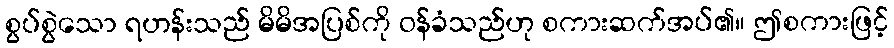
စွပ်စွဲသော ရဟန်းသည် မိမိအပြစ်ကို ဝန်ခံသည်ဟု စကားဆက်အပ်၏။ ဤစကားဖြင့်